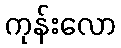
ကုန်းလော